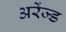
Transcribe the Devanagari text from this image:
अरेंज्ड